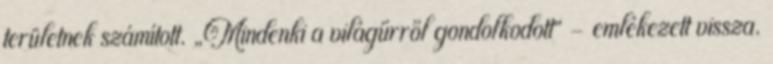
területnek számított. „Mindenki a világűrről gondolkodott” – emlékezett vissza.